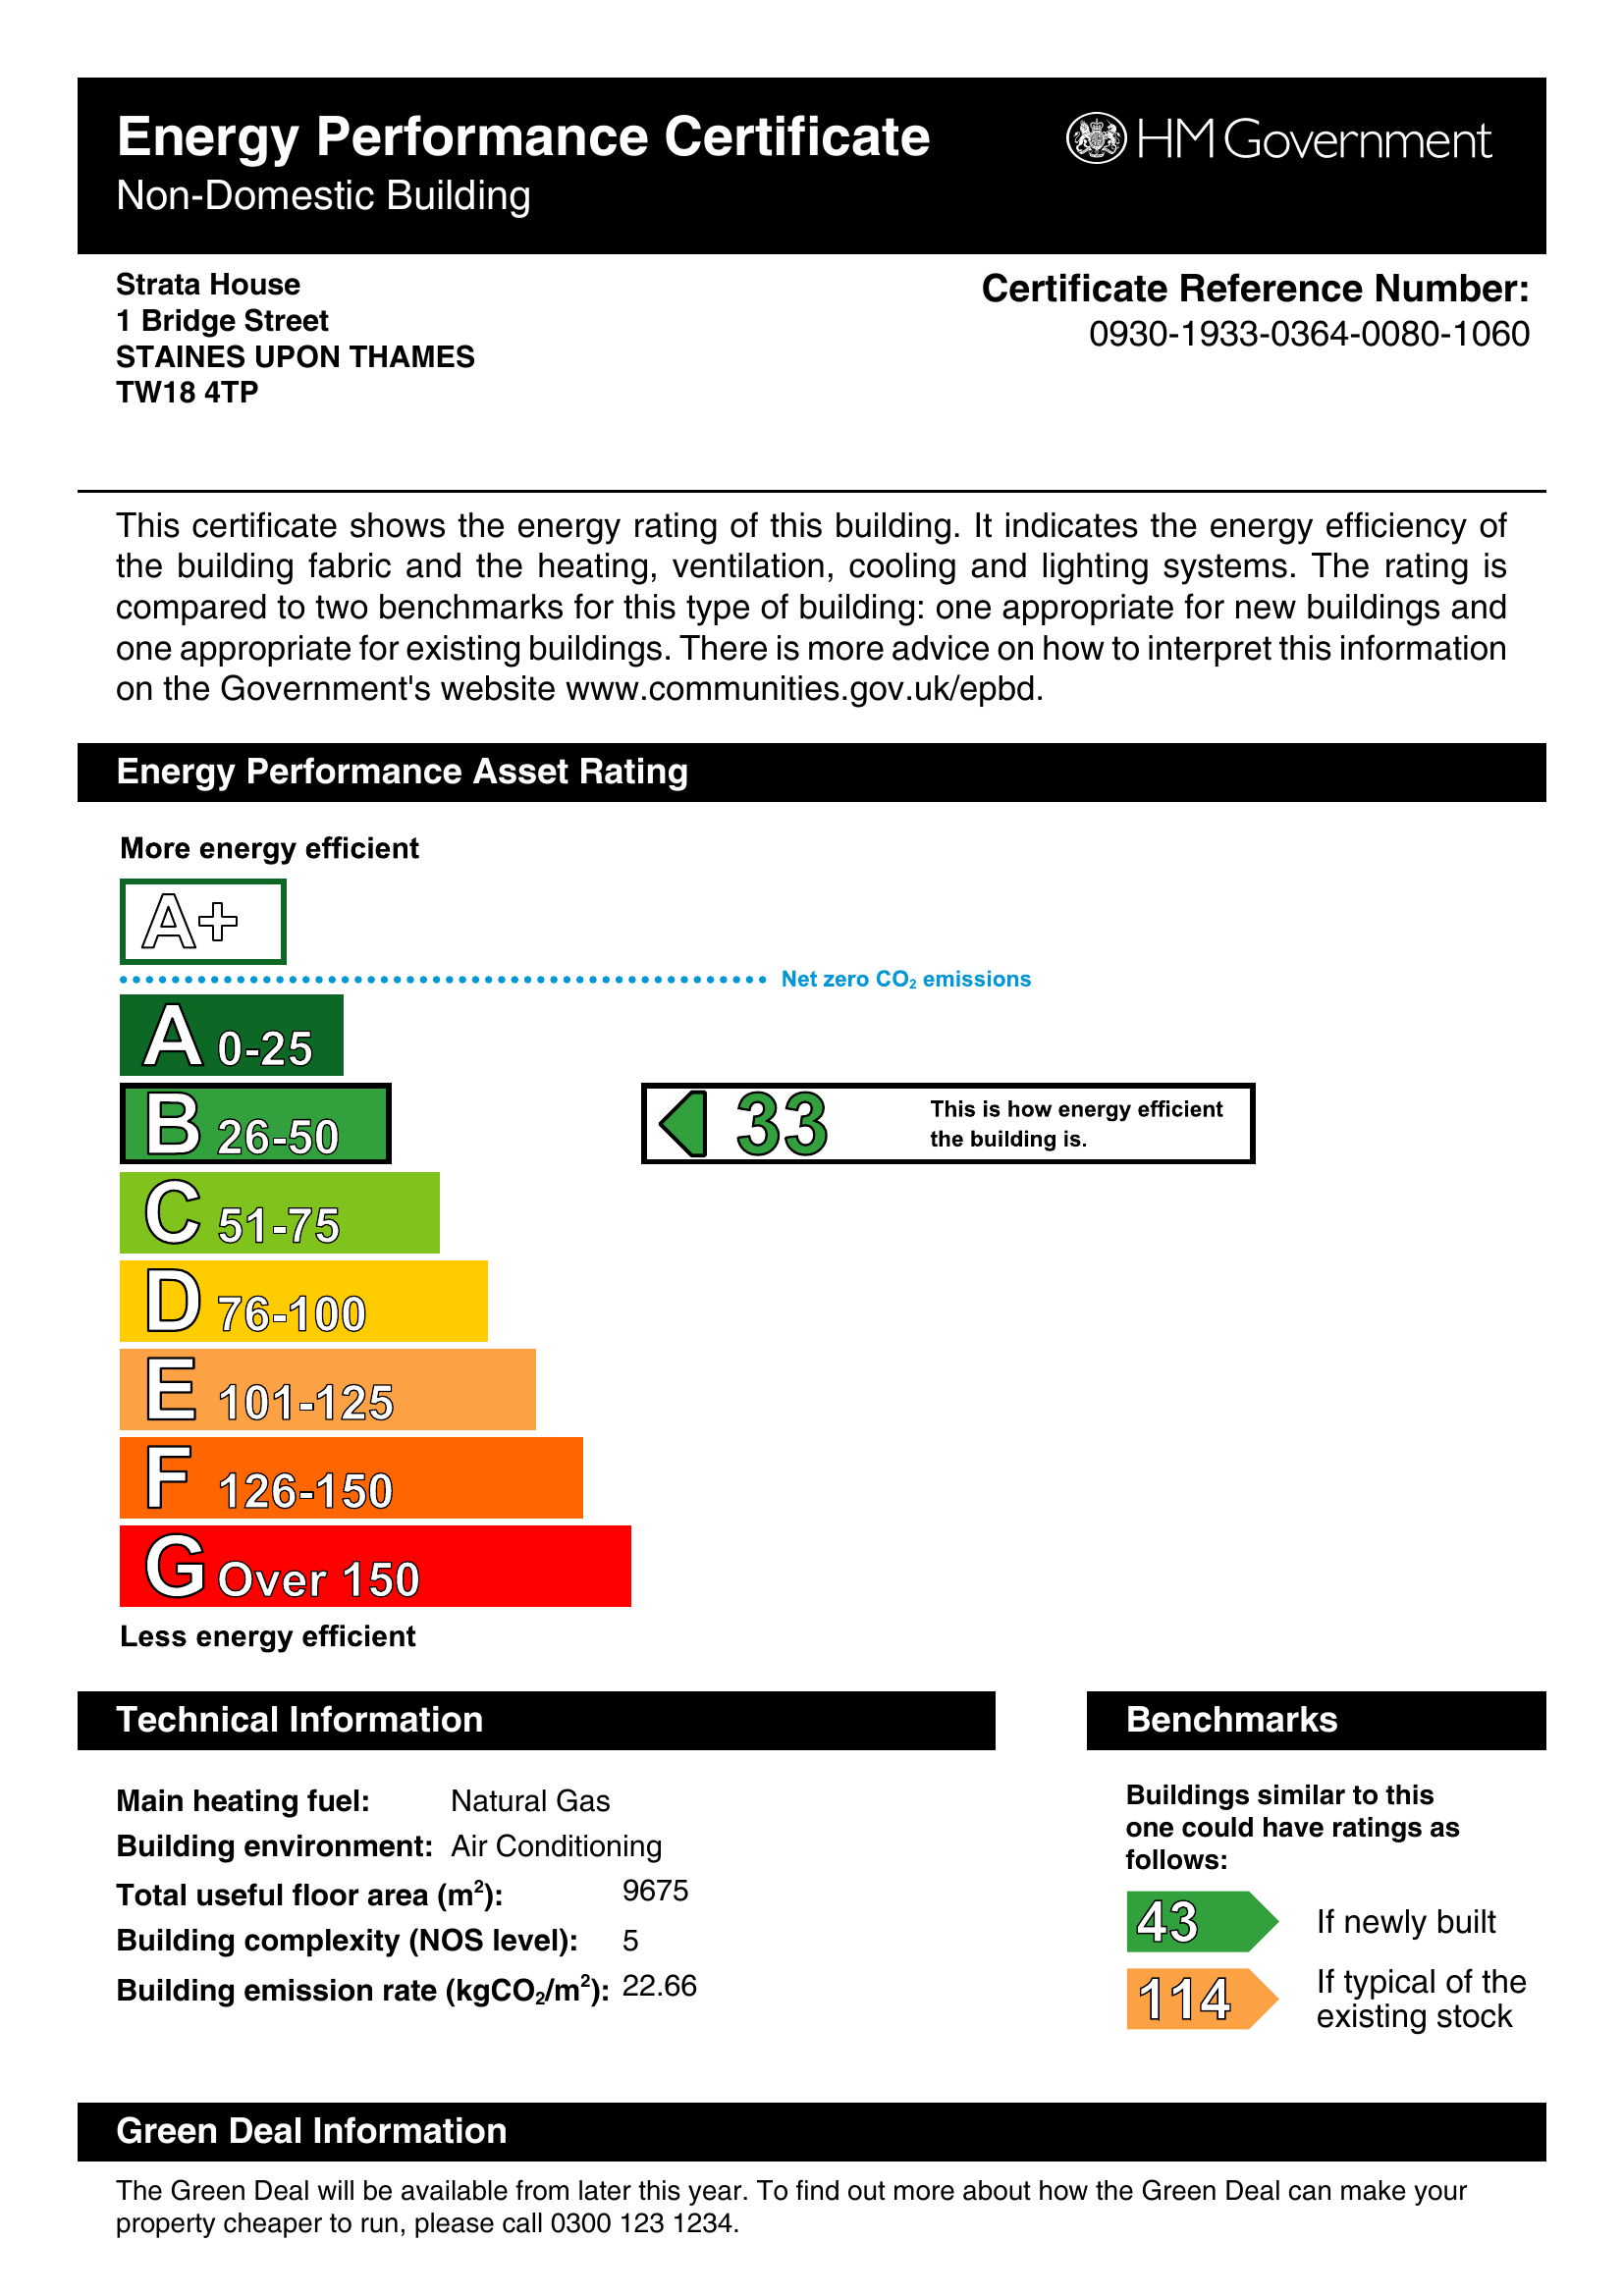
Current energy efficiency rating: D (score 63)
Potential energy efficiency rating: D (score 68)
Current environmental impact (CO2) rating: D (score 56)
Potential environmental impact (CO2) rating: D (score 61)